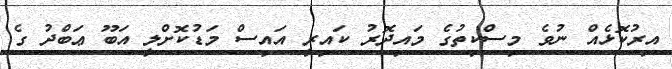
އިރުކޮޅެއް ނުވެ މިސްކިތުގެ މައިދޮރު ކައިރީ އައިސް މަޑުކޮށްލީ އަބޫ ޢަބްދު ގެ